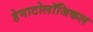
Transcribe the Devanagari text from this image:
हेमाटोलॉजिकल